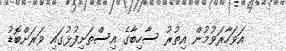
އަވަހާރަވުމުން އިތުރު ސާހިބާގެ އިސްތަށިފުޅުގައި ވަރަށްބޮޑު